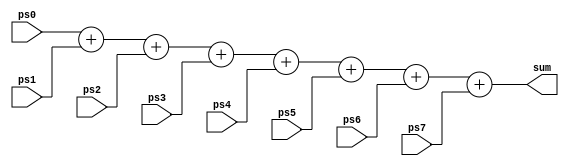
module add7x4
(
	input [3:0] ps0,
	input [3:0] ps1,
	input [3:0] ps2,
	input [3:0] ps3,
	input [3:0] ps4,
	input [3:0] ps5,
	input [3:0] ps6,
	input [3:0] ps7,
	output [3:0] sum
);
	assign sum = ps0 + ps1 + ps2 + ps3 + ps4 + ps5 + ps6 + ps7;

endmodule